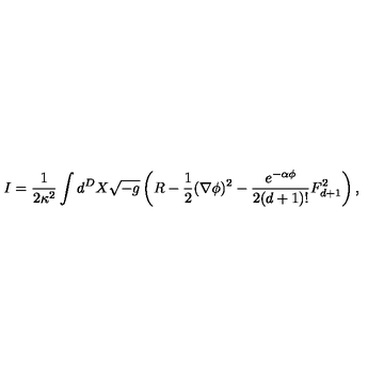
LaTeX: I = \frac { 1 } { 2 \kappa ^ { 2 } } \int d ^ { D } X \sqrt { - g } \left( R - \frac { 1 } { 2 } ( \nabla \phi ) ^ { 2 } - \frac { e ^ { - \alpha \phi } } { 2 ( d + 1 ) ! } F _ { d + 1 } ^ { 2 } \right) ,